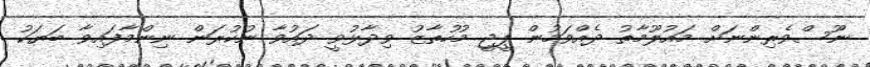
ނޫސްވެރިންނަށް މައުލޫމާތު ދެއްވަމުން ޕީޖީ މުހުތާޒު ވިދާޅުވީ ދައުވާ ނުކުރަން ނިންމާފައިވާ ބަޔަކު